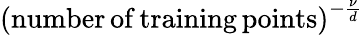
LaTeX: \mathrm{(number\, of\, training\, points)}^{-\frac{\nu}{d}}